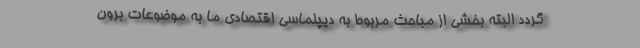
گردد البته بخشی از مباحث مربوط به دیپلماسی اقتصادی ما به موضوعات برون